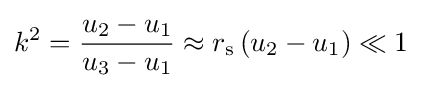
k^{2}={\frac {u_{2}-u_{1}}{u_{3}-u_{1}}}\approx r_{\text{s}}\left(u_{2}-u_{1}\right)\ll 1